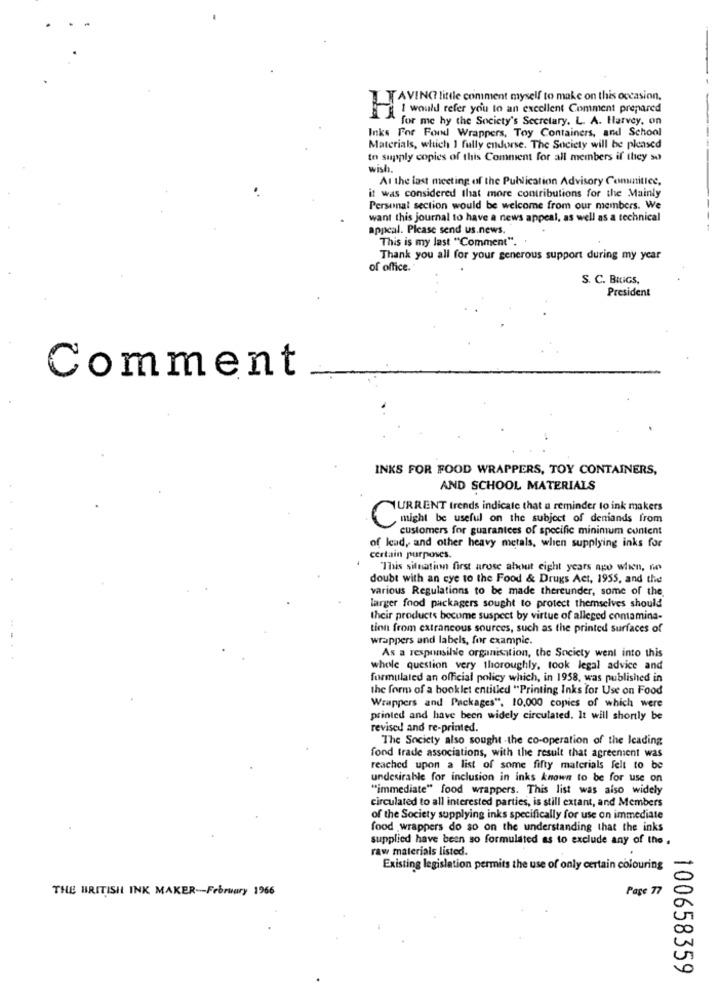
IT AVING little comment myself to make on this occasion.
I would refer you to an excellent Comment prepared
for me hy the Society's Secretary. L. A. Harvey, on
Inks For Fond Wrappers, Toy Containers, and School
Materials, which I fully endorse. The Society will be pleased
to supply copies of this Comment for all members if they so
wish.
At the last meeting of the Publication Advisory Comunities,
it was considered that more contributions for the Mainly
Personal section would be welcome from our members. We
want this journal to have a news appeal, as well as a technical
appeal. Please send us.news.
This is my last "Comment". .
Thank you all for your generous support during my year
of office.
S. C. BRIGS,
President
Comment
INKS FOR FOOD WRAPPERS, TOY CONTAINERS,
AND SCHOOL MATERIALS
TURRENT trends indicate that a reminder to ink makers
might be useful on the subject of demands from
C
customers for guarantees of specific minimum content
of lead, and other heavy metals, when supplying inks for
certain purposes.
This situation first arose about eight years ago when, me
doubt with an eye to the Food & Drugs Act, 1955, and the
various Regulations to be made thereunder, some of the.
larger food packagers sought to protect themselves should
their products become suspect by virtue of alleged comamina-
tion from extrancous sources, such as the printed surfaces of
wrappers and labels, for example.
As a responsible organisation, the Society went into this
whole question very thoroughly, took legal advice and
formulated an official policy which, in 1958, was published in
the form of a booklet entitled "Printing Inks for Use on Food
Wrappers and Packages", 10,000 copies of which were
printed and have been widely circulated. It will shortly be
revised and re-printed.
The Society also sought -the co-operation of the leading
fond trade associations, with the result that agreement was
reached upon a list of some fifty materials felt to be
undesirable for inclusion in inks known to be for use on
"immediate" food wrappers. This list was also widely
circulated to all interested parties, is still extant, and Members
of the Society supplying inks specifically for use on immediate
food wrappers do so on the understanding that the inks
supplied have been so formulated as to exclude any of the .
raw materials listed.
Existing legislation permits the use of only certain colouring
THE BRITISH INK MAKER-February 1966
Page 77
100658359